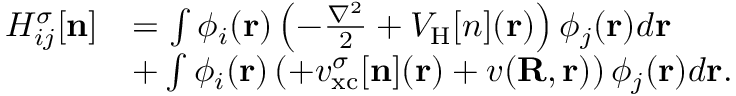
\begin{array} { r l } { H _ { i j } ^ { \sigma } [ { \bf n } ] } & { = \int \phi _ { i } ( { \bf r } ) \left( - \frac { \nabla ^ { 2 } } { 2 } + V _ { \mathrm { H } } [ n ] ( { \bf r } ) \right) \phi _ { j } ( { \bf r } ) d { \bf r } } \\ & { + \int \phi _ { i } ( { \bf r } ) \left( + v _ { \mathrm { x c } } ^ { \sigma } [ { \bf n } ] ( { \bf r } ) + v ( { \bf R , r } ) \right) \phi _ { j } ( { \bf r } ) d { \bf r } . } \end{array}